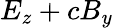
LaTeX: E_{z}+cB_{y}